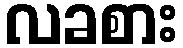
လခစား